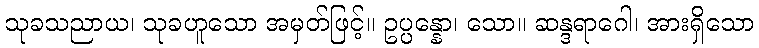
သုခသညာယ၊ သုခဟူသော အမှတ်ဖြင့်။ ဥပ္ပန္နော၊ သော။ ဆန္ဒရာဂေါ၊ အားရှိသော